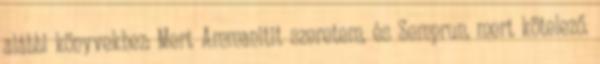
alábbi könyvekhez: Mert Ammanitit szeretem, és Semprun, mert kötelező.